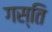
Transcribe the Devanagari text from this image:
गस्ति